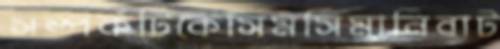
সম্পর্কটিকেসিমসিমানিবাট